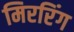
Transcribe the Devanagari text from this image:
मिररिंग